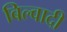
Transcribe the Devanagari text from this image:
बिल्वादी